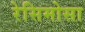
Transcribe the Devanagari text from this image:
रेसिमोसा